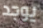
يوجد